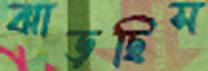
ঝাড়ছিস